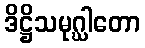
ဒိဋ္ဌိသမုဂ္ဃါတော